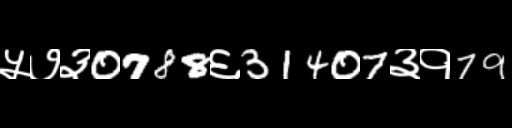
Text: ५७३0788६31407३१79